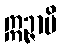
ဣဉ္ဇာမိ